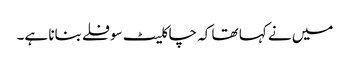
میں نے کہا تھا کہ چاکلیٹ سوفلے بنانا ہے۔